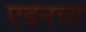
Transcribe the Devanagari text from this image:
एडनचा